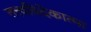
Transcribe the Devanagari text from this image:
तत्त्वविदेकात्मा